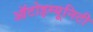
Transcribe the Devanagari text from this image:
ऑटोइम्यूनिटी